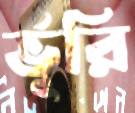
র্ভূরি